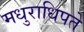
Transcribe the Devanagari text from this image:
मधुराधिपते